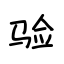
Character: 验